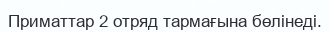
Приматтар 2 отряд тармағына бөлінеді.